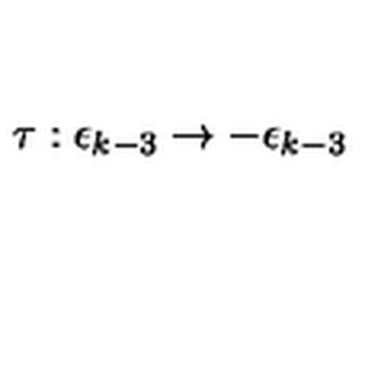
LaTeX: \tau : \epsilon _ { k - 3 } \rightarrow - \epsilon _ { k - 3 }